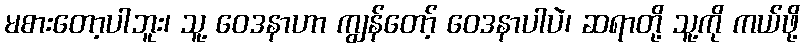
မစားတော့ပါဘူး၊ သူ့ ဝေဒနာဟာ ကျွန်တော့် ဝေဒနာပါပဲ၊ ဆရာတို့ သူ့ကို ကယ်ဖို့